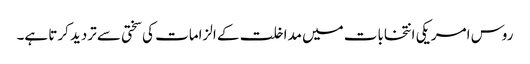
روس امریکی انتخابات میں مداخلت کے الزامات کی سختی سے تردید کرتا ہے۔